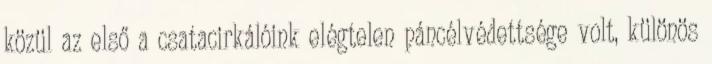
közül az első a csatacirkálóink elégtelen páncélvédettsége volt, különös